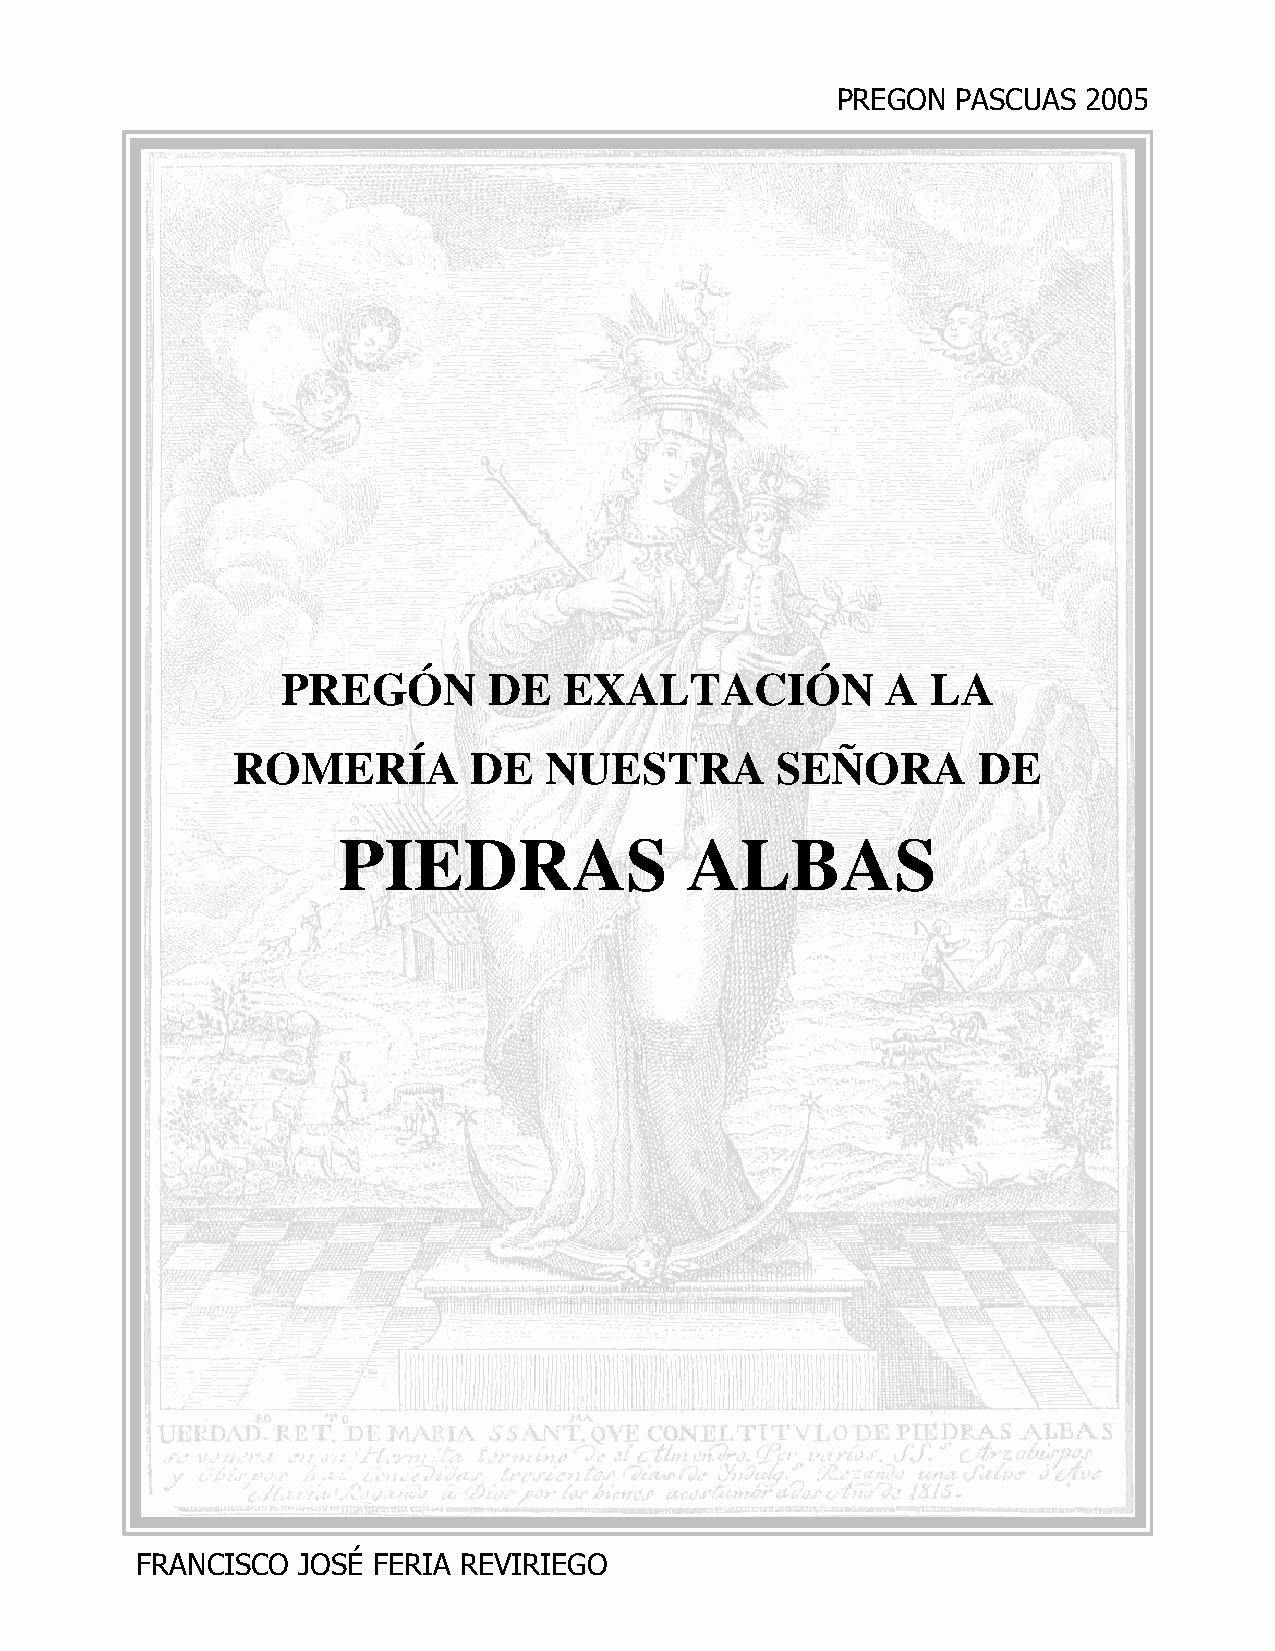
PREGON  PASCUAS  2005
 PREGÓN       DE   EXALTACIÓN            A  LA
 ROMERÍA         DE   NUESTRA        SEÑORA        DE
 PIEDRAS                ALBAS
 FRA NCISCO JOSÉ FERIA REVIRIEGO